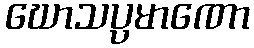
ဃောသပ္ပမာဏော